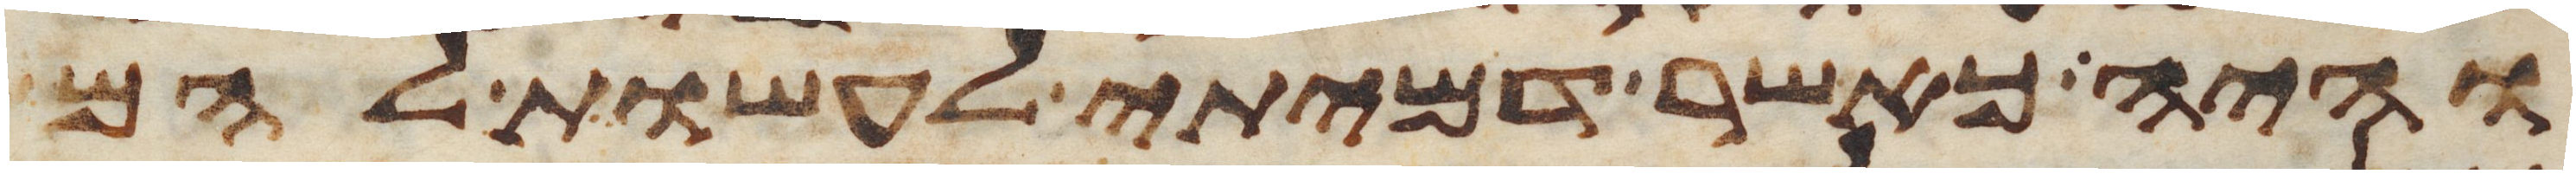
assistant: והיה כאשר דמיתי לעשות להם